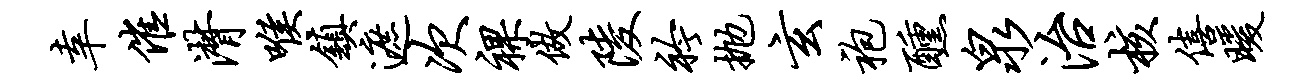
幸催潸喉镇遮次裸做陵衿抛玄袍醺泉治核僖暖